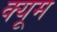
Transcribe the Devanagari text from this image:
क्यूम